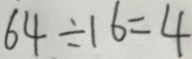
6 4 \div 1 6 = 4